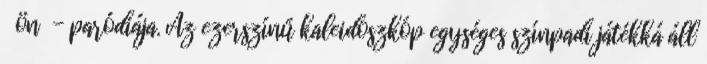
ön - paródiája. Az ezerszínű kaleidoszkóp egységes színpadi játékká áll